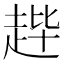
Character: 𫎳